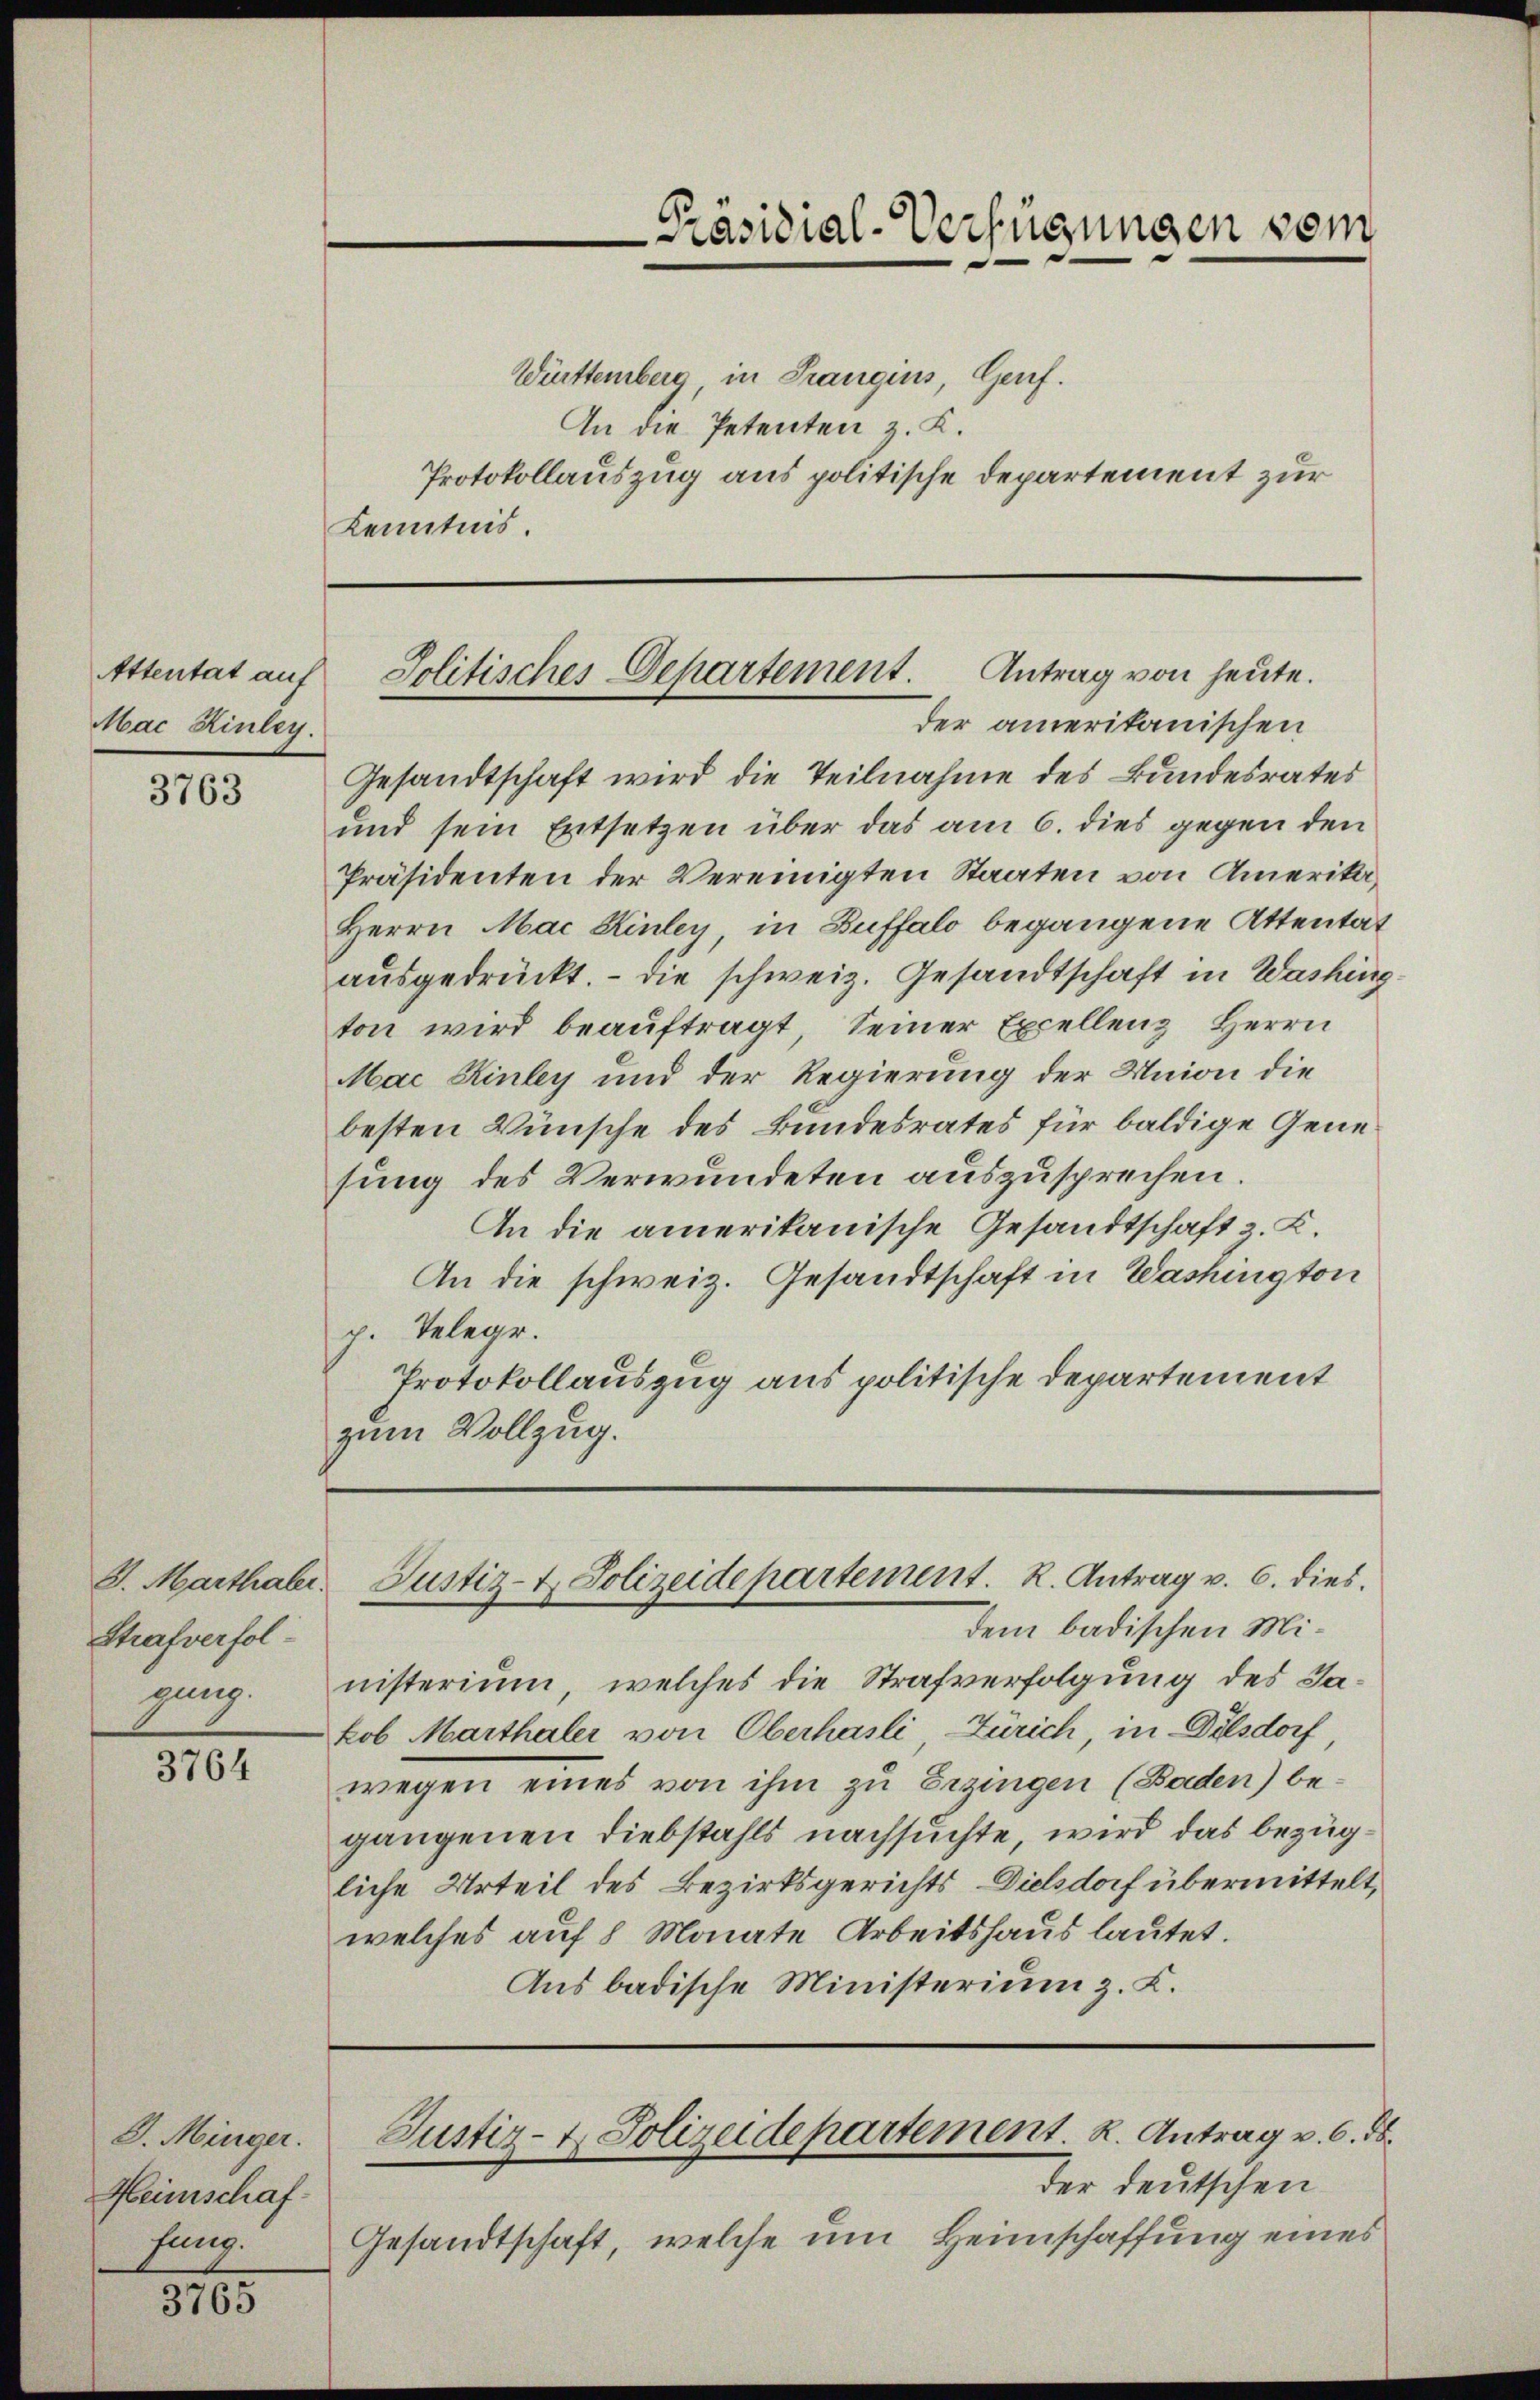
Attentat auf
Mac Kinley.

3763

8. Marthaler.
Strafverfolgung.

3764

J. Münger.
Heimschaffung.

3765

Württemberg, in Trangins, Genf.
An die Petenten z. K.
Protokollauszug aus politische Departement zur
Kenntnis

Präsidial-Verfügungen vom

Gesandtschaft wird die Teilnahme des Bundesrates
und sein Entsetzen über das am 6. dies gegen den
Präsidenten der Vereinigten Staaten von Amerika,
Herrn Mai Kinley, in Buffalo begangene Attentat
aŭsgedrückt. Die schweiz. Gesandtschaft in Washing
ton wird beaŭftragt, seiner Excellenz, Herrn
Mac Rinley und der Regierung der Union die
besten Wünsche des Bundesrates für baldige Genesung des Verwundeten auszusprechen.
An die amerikanische Gesandtschaft z. K.
An die schweiz. Gesandtschaft in Washington
p. Telege.
Protokollauszug aus politische Departement
zum Vollzug.

Jolitisches Departement. Antrag von heute.
der amerikanischen

Justiz- & Polizeidepartement. R. Antrag v. 6. dies

dem badischen Ministerium, welches die Strafverfolgung des Jakob Marthaler von Oberhasli Zürich, in Delsdorf,
wegen eines von ihm zu Erzingen (Baden) begangenen Diebstahls nachsuchte, wird das bezügliche Urteil des Bezirksgerichts Dielsdorf übermittelt,
welches auf 8 Monate Arbeitshaus lautet.
Aus badische Ministerium z. K.

Justiz- & Polizeidepartement. K. Antrag v. 6. ds.

der deutschen
Gesandtschaft, welche um Heimschaffung eines